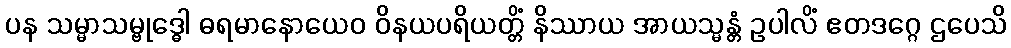
ပန သမ္မာသမ္ဗုဒ္ဓေါ ဓရမာနောယေဝ ဝိနယပရိယတ္တိံ နိဿာယ အာယသ္မန္တံ ဥပါလိံ ဧတဒဂ္ဂေ ဌပေသိ